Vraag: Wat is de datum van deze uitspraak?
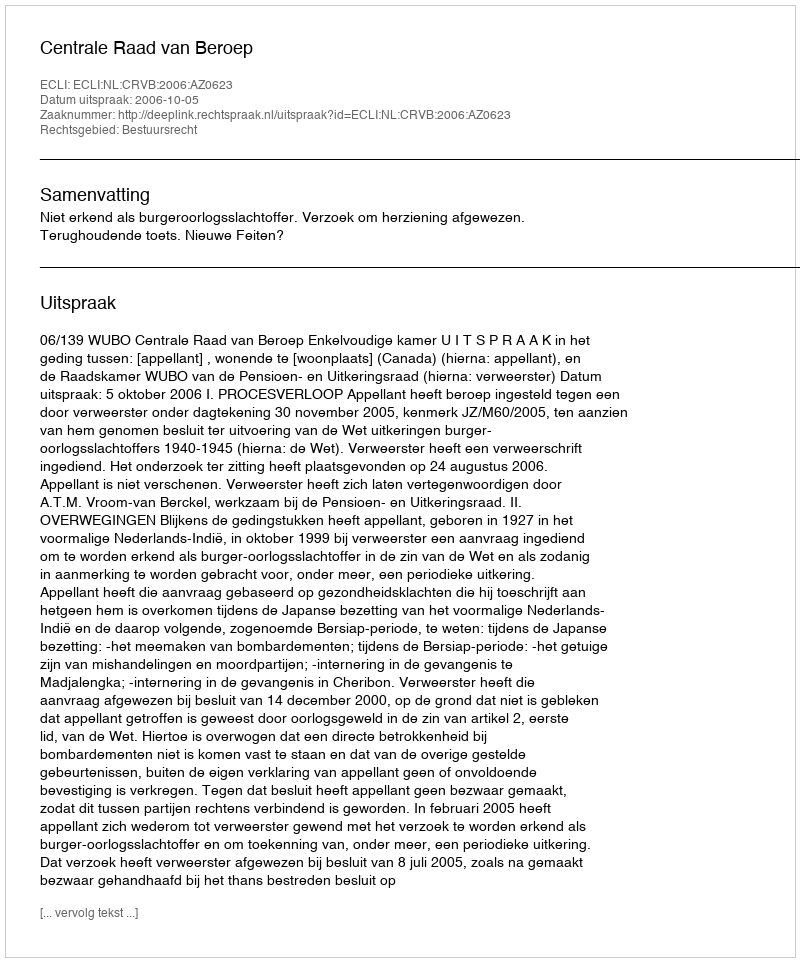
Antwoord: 2006-10-05